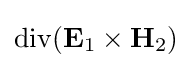
\operatorname {div} (\mathbf {E} _{1}\times \mathbf {H} _{2})